Manual of the Civil Veterinary Department, Central Provinces and Berar
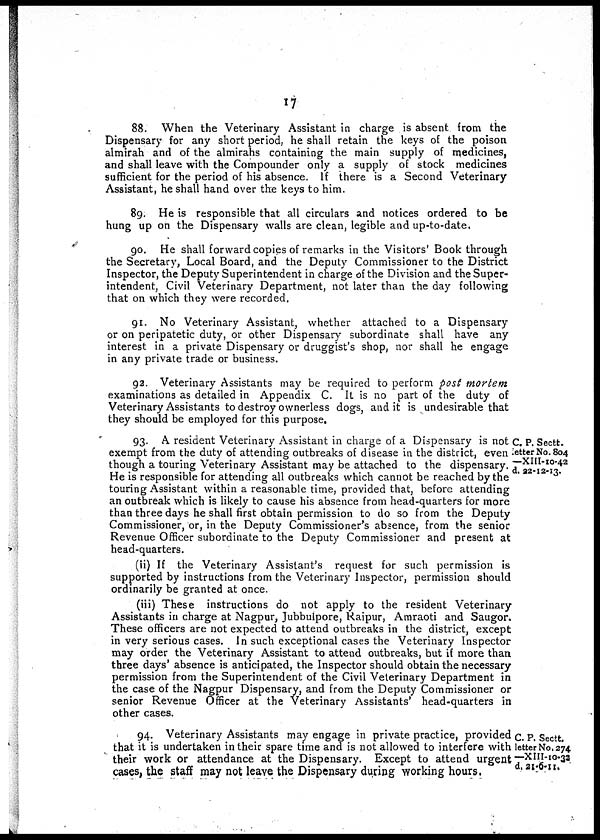
17
88. When the Veterinary Assistant in charge is absent from the
Dispensary for any short period, he shall retain the keys of the poison
almirah and of the almirahs containing the main supply of medicines,
and shall leave with the Compounder only a supply of stock medicines
sufficient for the period of his absence. If there is a Second Veterinary
Assistant, he shall hand over the keys to him.
89. He is responsible that all circulars and notices ordered to be
hung up on the Dispensary walls are clean, legible and up-to-date.
90. He shall forward copies of remarks in the Visitors' Book through
the Secretary, Local Board, and the Deputy Commissioner to the District
Inspector, the Deputy Superintendent in charge of the Division and the Super-
intendent, Civil Veterinary Department, not later than the day following
that on which they were recorded.
91. No Veterinary Assistant, whether attached to a Dispensary
or on peripatetic duty, or other Dispensary subordinate shall have any
interest in a private Dispensary or druggist's shop, nor shall he engage
in any private trade or business.
92. Veterinary Assistants may be required to perform post mortem
examinations as detailed in Appendix C. It is no part of the duty of
Veterinary Assistants to destroy ownerless dogs, and it is undesirable that
they should be employed for this purpose.
C. P. Sectt.
letter No. 804
—XIII-10-42
d. 22-12-13.
93. A resident Veterinary Assistant in charge of a Dispensary is not
exempt from the duty of attending outbreaks of disease in the district, even
though a touring Veterinary Assistant may be attached to the dispensary.
He is responsible for attending all outbreaks which cannot be reached by the
touring Assistant within a reasonable time, provided that, before attending
an outbreak which is likely to cause his absence from head-quarters for more
than three days he shall first obtain permission to do so from the Deputy
Commissioner, or, in the Deputy Commissioner's absence, from the senior
Revenue Officer subordinate to the Deputy Commissioner and present at
head-quarters.
(ii) If the Veterinary Assistant's request for such permission is
supported by instructions from the Veterinary Inspector, permission should
ordinarily be granted at once.
(iii) These instructions do not apply to the resident Veterinary
Assistants in charge at Nagpur, Jubbulpore, Raipur, Amraoti and Saugor.
These officers are not expected to attend outbreaks in the district, except
in very serious cases. In such exceptional cases the Veterinary Inspector
may order the Veterinary Assistant to attend outbreaks, but if more than
three days' absence is anticipated, the Inspector should obtain the necessary
permission from the Superintendent of the Civil Veterinary Department in
the case of the Nagpur Dispensary, and from the Deputy Commissioner or
senior Revenue Officer at the Veterinary Assistants' head-quarters in
other cases.
C. P. Sectt.
letter No. 274
—XIII-10-32
d.21-6-11.
94. Veterinary Assistants may engage in private practice, provided
that it is undertaken in their spare time and is not allowed to interfere with
their work or attendance at the Dispensary. Except to attend urgent
cases, the staff may not leave the Dispensary during working hours.